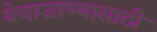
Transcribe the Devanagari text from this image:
येणाजाण्यासाठी